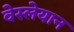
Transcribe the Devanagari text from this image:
वेस्लेयान